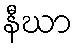
နီဃာ